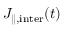
J _ { \parallel , \mathrm { i n t e r } } ( t )